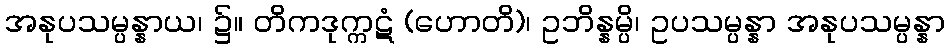
အနုပသမ္ပန္နာယ၊ ၌။ တိကဒုက္ကဋံ (ဟောတိ)၊ ဥဘိန္နမ္ပိ၊ ဥပသမ္ပန္နာ အနုပသမ္ပန္နာ